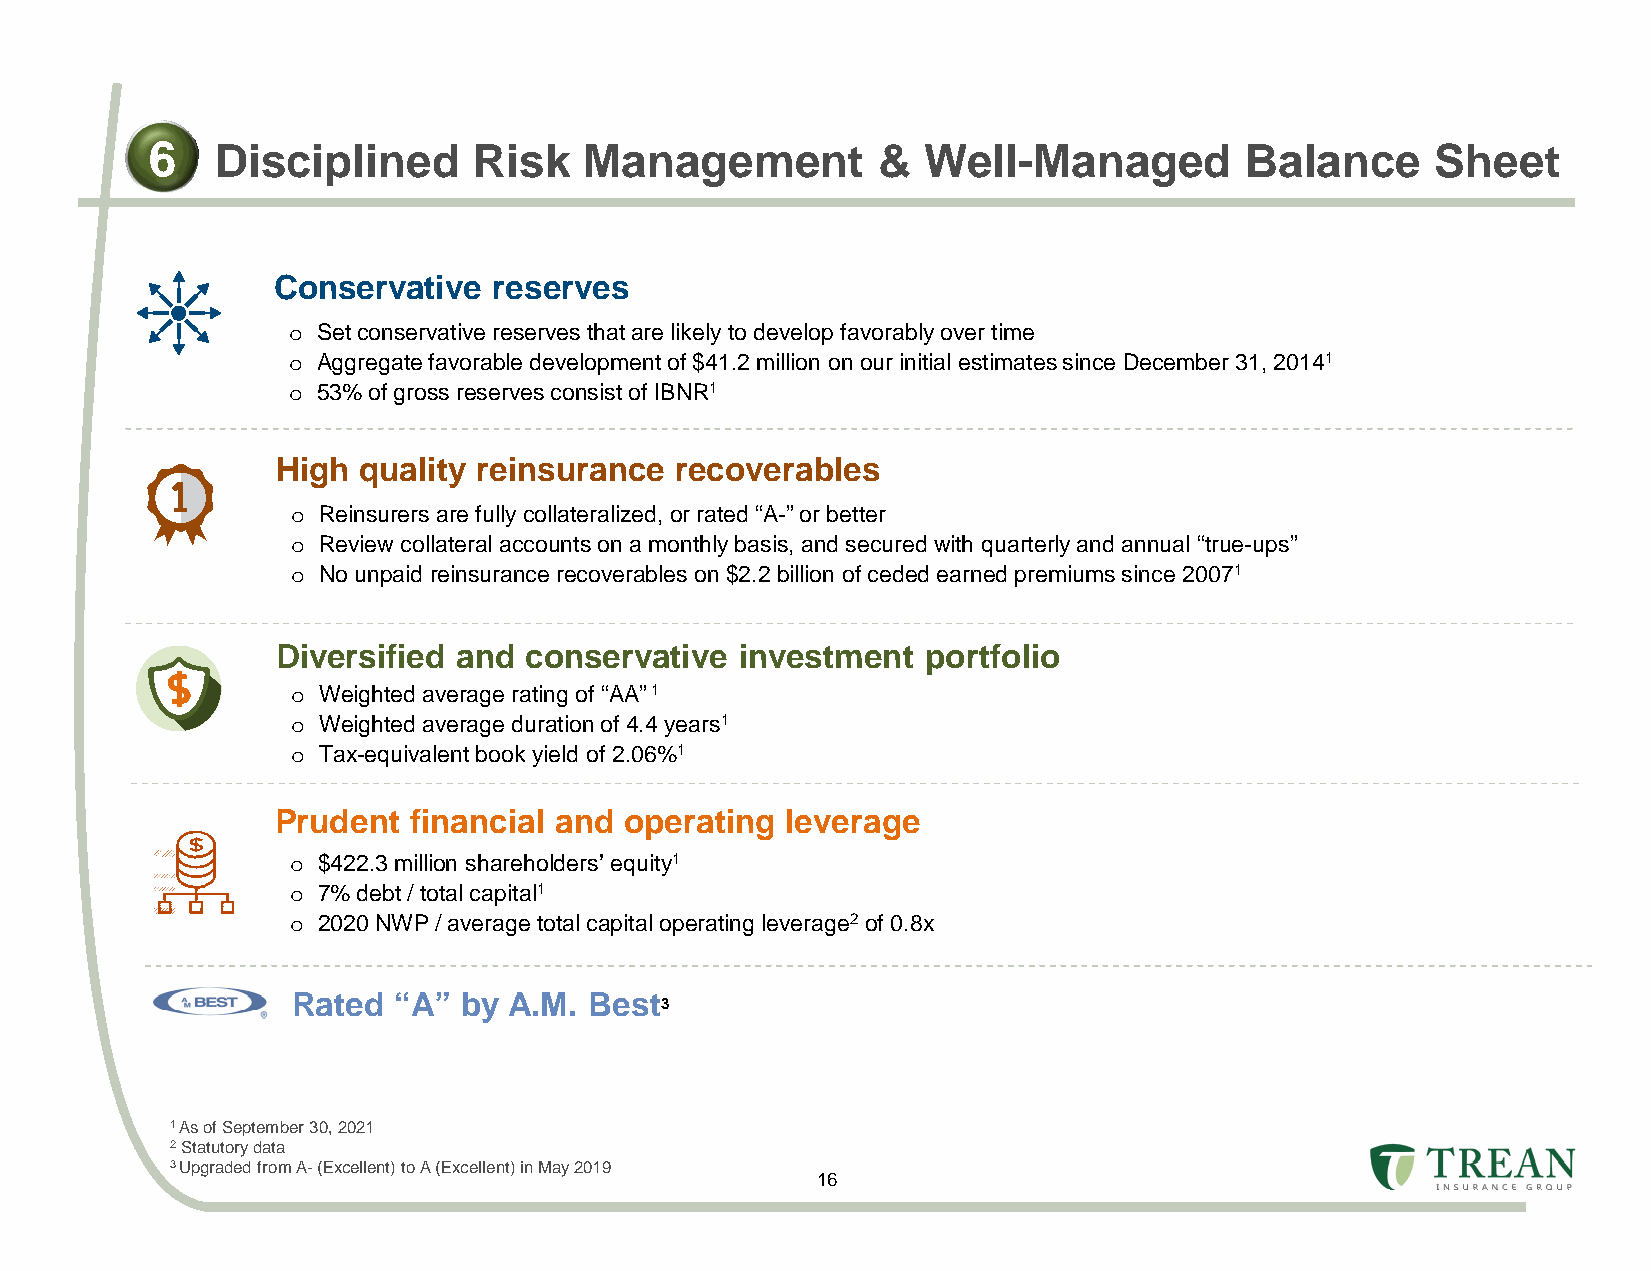
6   Disciplined      Risk    Management         &  Well-Managed         Balance      Sheet
 Conservative   reserves
 o Set conservative reserves that are likely to develop favorably over time
 o Aggregate favorable development of $41.2 million on our initial estimates since December 31, 20141
 o 53% of gross reserves consist of IBNR1
 High  quality reinsurance  recoverables
 o Reinsurers are fully collateralized, or rated “A-” or better
 o Review collateral accounts on a monthly basis, and secured with quarterly and annual “true-ups”
 o No unpaid reinsurance recoverables on $2.2 billion of ceded earned premiums since 20071
 Diversified and  conservative  investment  portfolio
 o Weighted average rating of “AA”1
 o Weighted average duration of 4.4 years1
 o Tax-equivalent book yield of 2.06%1
 Prudent  financial and operating  leverage
 o $422.3 million shareholders’ equity1
 o 7% debt / total capital1
 o 2020 NWP / average total capital operating leverage2 of 0.8x
 Rated  “A”  by A.M. Best
 3
 1 As of September 30, 2021
 2Statutory data
 3 Upgraded from A-(Excellent) to A (Excellent) in May 2019
 16